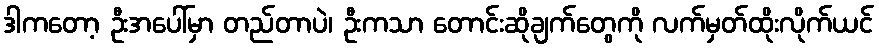
ဒါကတော့ ဦးအပေါ်မှာ တည်တာပဲ၊ ဦးကသာ တောင်းဆိုချက်တွေကို လက်မှတ်ထိုးလိုက်ယင်